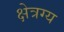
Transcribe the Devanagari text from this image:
क्षेत्रग्य